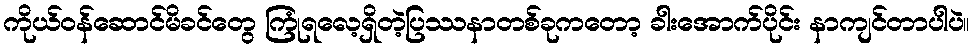
ကိုယ်ဝန်ဆောင်မိခင်တွေ ကြုံရလေ့ရှိတဲ့ပြဿနာတစ်ခုကတော့ ခါးအောက်ပိုင်း နာကျင်တာပါပဲ။